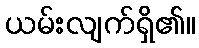
ယမ်းလျက်ရှိ၏။